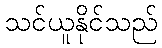
သင်ယူနိုင်သည်